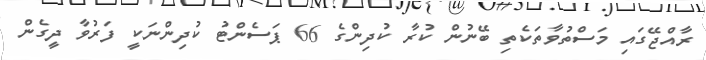
ރާއްޖޭގައި މަސްތުވާތަކެތި ބޭނުން ކުރާ ކުދިންގެ 66 ޕަސެންޓު ކުދިންނަކީ ފަރުވާ ދީގެން